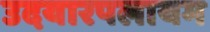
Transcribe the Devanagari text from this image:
उदयारपलायम